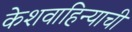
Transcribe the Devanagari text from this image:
केशवाहिन्याची